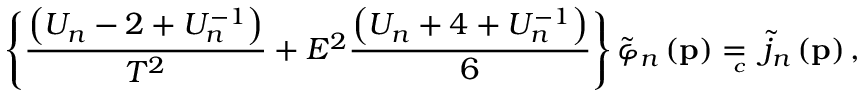
\left\{ \frac { \left( U _ { n } - 2 + U _ { n } ^ { - 1 } \right) } { T ^ { 2 } } + E ^ { 2 } \frac { \left( U _ { n } + 4 + U _ { n } ^ { - 1 } \right) } 6 \right\} \tilde { \varphi } _ { n } \left( \mathbf { p } \right) = { } _ { { } _ { \! \! \! \! \! \! \! c } } \; \, \tilde { j } _ { n } \left( \mathbf { p } \right) ,